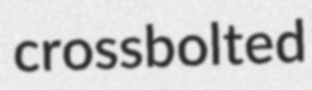
crossbolted